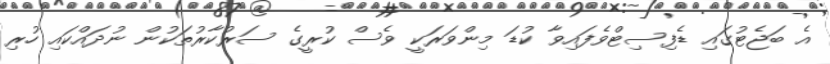
އެ ބަޖެޓުގައި ޑެފިސިޓްވެފައިވާ ކުޑަ މިންވަރަކީ ވެސް ކުރީގެ ސަރުކާރުތަކުން ނުދައްކައި ހުރި